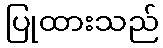
ပြုထားသည်